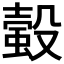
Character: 𧏚